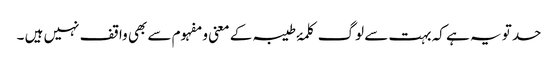
حد تو یہ ہے کہ بہت سے لوگ کلمۂ طیبہ کے معنی و مفہوم سے بھی واقف نہیں ہیں ۔